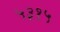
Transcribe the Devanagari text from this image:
५३१५